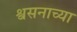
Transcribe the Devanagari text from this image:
श्वसनाच्या